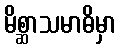
မိစ္ဆာသမာဓိမှာ